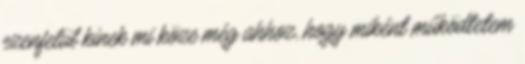
ezenfelül kinek mi köze még ahhoz, hogy miként működtetem